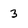
Character: 3